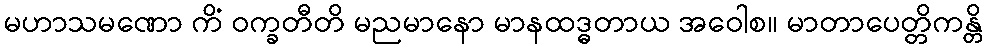
မဟာသမဏော ကိံ ဝက္ခတီတိ မညမာနော မာနထဒ္ဓတာယ အဝေါစ။ မာတာပေတ္တိကန္တိ